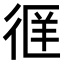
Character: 𫹖